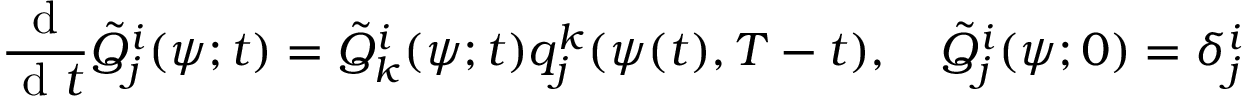
\frac { \textrm { d } } { \textrm { d } t } \tilde { Q } _ { j } ^ { i } ( \psi ; t ) = \tilde { Q } _ { k } ^ { i } ( \psi ; t ) q _ { j } ^ { k } ( \psi ( t ) , T - t ) , \quad \tilde { Q } _ { j } ^ { i } ( \psi ; 0 ) = \delta _ { j } ^ { i }